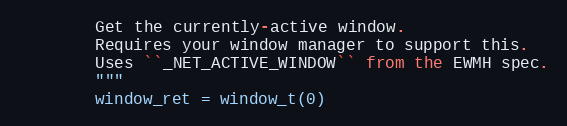
Language: Python
        Get the currently-active window.
        Requires your window manager to support this.
        Uses ``_NET_ACTIVE_WINDOW`` from the EWMH spec.
        """
        window_ret = window_t(0)